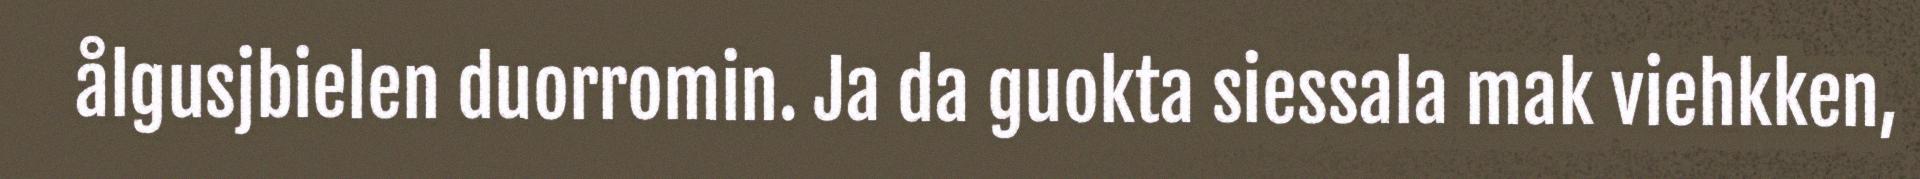
ålgusjbielen duorromin. Ja da guokta siessala mak viehkken,